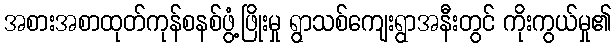
အစားအစာထုတ်ကုန်စနစ်ဖွံ့ဖြိုးမှု ရွာသစ်ကျေးရွာအနီးတွင် ကိုးကွယ်မှု၏